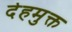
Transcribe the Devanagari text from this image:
देहमुक्त